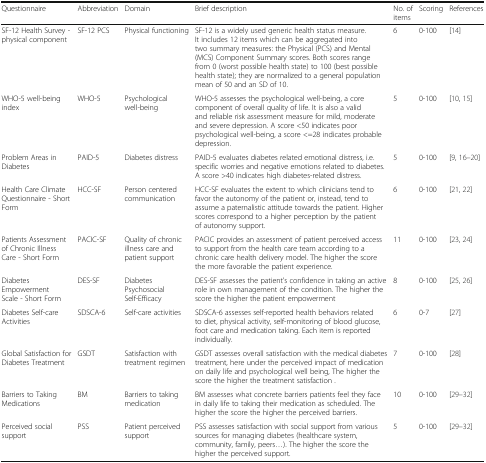
| Questionnaire | Abbreviation | Domain | Brief description | No. of items | Scoring | References |
 | --- | --- | --- | --- | --- | --- | --- |
 | SF-12 Health Survey - physical component | SF-12 PCS | Physical functioning | SF-12 is a widely used generic health status measure. It includes 12 items which can be aggregated into two summary measures: the Physical (PCS) and Mental (MCS) Component Summary scores. Both scores range from 0 (worst possible health state) to 100 (best possible health state); they are normalized to a general population mean of 50 and an SD of 10. | 6 | 0-100 | [14] |
 | WHO-5 well-being index | WHO-5 | Psychological well-being | WHO-5 assesses the psychological well-being, a core component of overall quality of life. It is also a valid and reliable risk assessment measure for mild, moderate and severe depression. A score <50 indicates poor psychological well-being, a score <=28 indicates probable depression. | 5 | 0-100 | [10, 15] |
 | Problem Areas in Diabetes | PAID-5 | Diabetes distress | PAID-5 evaluates diabetes related emotional distress, i.e. specific worries and negative emotions related to diabetes. A score >40 indicates high diabetes-related distress. | 5 | 0-100 | [9, 16–20] |
 | Health Care Climate Questionnaire - Short Form | HCC-SF | Person centered communication | HCC-SF evaluates the extent to which clinicians tend to favor the autonomy of the patient or, instead, tend to assume a paternalistic attitude towards the patient. Higher scores correspond to a higher perception by the patient of autonomy support. | 6 | 0-100 | [21, 22] |
 | Patients Assessment of Chronic Illness Care - Short Form | PACIC-SF | Quality of chronic illness care and patient support | PACIC provides an assessment of patient perceived access to support from the health care team according to a chronic care health delivery model. The higher the score the more favorable the patient experience. | 11 | 0-100 | [23, 24] |
 | Diabetes Empowerment Scale - Short Form | DES-SF | Diabetes Psychosocial Self-Efficacy | DES-SF assesses the patient’s confidence in taking an active role in own management of the condition. The higher the score the higher the patient empowerment | 8 | 0-100 | [25, 26] |
 | Diabetes Self-care Activities | SDSCA-6 | Self-care activities | SDSCA-6 assesses self-reported health behaviors related to diet, physical activity, self-monitoring of blood glucose, foot care and medication taking. Each item is reported individually. | 6 | 0-7 | [27] |
 | Global Satisfaction for Diabetes Treatment | GSDT | Satisfaction with treatment regimen | GSDT assesses overall satisfaction with the medical diabetes treatment, here under the perceived impact of medication on daily life and psychological well being, The higher the score the higher the treatment satisfaction . | 7 | 0-100 | [28] |
 | Barriers to Taking Medications | BM | Barriers to taking medication | BM assesses what concrete barriers patients feel they face in daily life to taking their medication as scheduled. The higher the score the higher the perceived barriers. | 10 | 0-100 | [29–32] |
 | Perceived social support | PSS | Patient perceived support | PSS assesses satisfaction with social support from various sources for managing diabetes (healthcare system, community, family, peers...). The higher the score the higher the perceived support. | 5 | 0-100 | [29–32] |